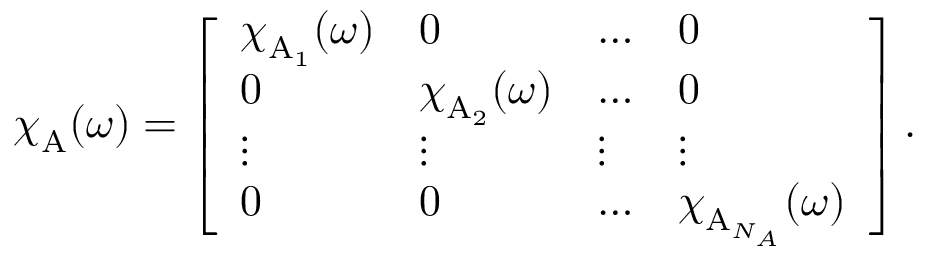
{ \boldsymbol { \chi } } _ { \mathrm { A } } ( \omega ) = \left[ \begin{array} { l l l l } { { \boldsymbol { \chi } } _ { \mathrm { A } _ { 1 } } ( \omega ) } & { 0 } & { \dots } & { 0 } \\ { 0 } & { { \boldsymbol { \chi } } _ { \mathrm { A } _ { 2 } } ( \omega ) } & { \dots } & { 0 } \\ { \vdots } & { \vdots } & { \vdots } & { \vdots } \\ { 0 } & { 0 } & { \dots } & { { \boldsymbol { \chi } } _ { \mathrm { A } _ { N _ { A } } } ( \omega ) } \end{array} \right] .